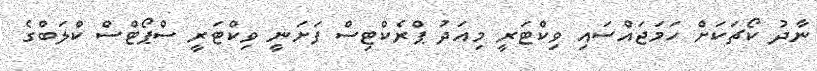
ނާދު ކޯޗަކަށް ހަމަޖައްސައި ވިކްޓަރީ މިއަދު ޕްރެކްޓިސް ފަށަނީ ވިކްޓަރީ ސްޕޯޓްސް ކްލަބްގެ